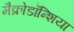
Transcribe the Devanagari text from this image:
मैक्रोडॉन्शिया